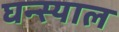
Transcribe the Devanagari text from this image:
घन्स्याल